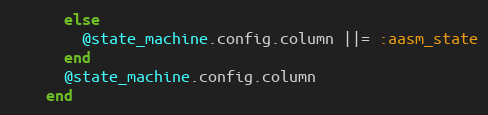
Language: Ruby
      else
        @state_machine.config.column ||= :aasm_state
      end
      @state_machine.config.column
    end